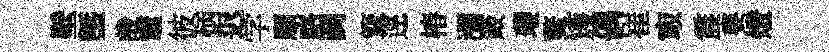
壁塈哉竈彼炳迟学頋略鬬簞逕椿瀰箴瓔鳌矱偶崔㝡震婁燈